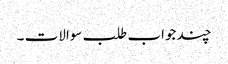
چند جواب طلب سوالات ۔